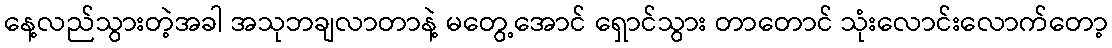
နေ့လည်သွားတဲ့အခါ အသုဘချလာတာနဲ့ မတွေ့အောင် ရှောင်သွား တာတောင် သုံးလောင်းလောက်တော့